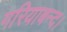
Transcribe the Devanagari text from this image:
गरियाबन्द।